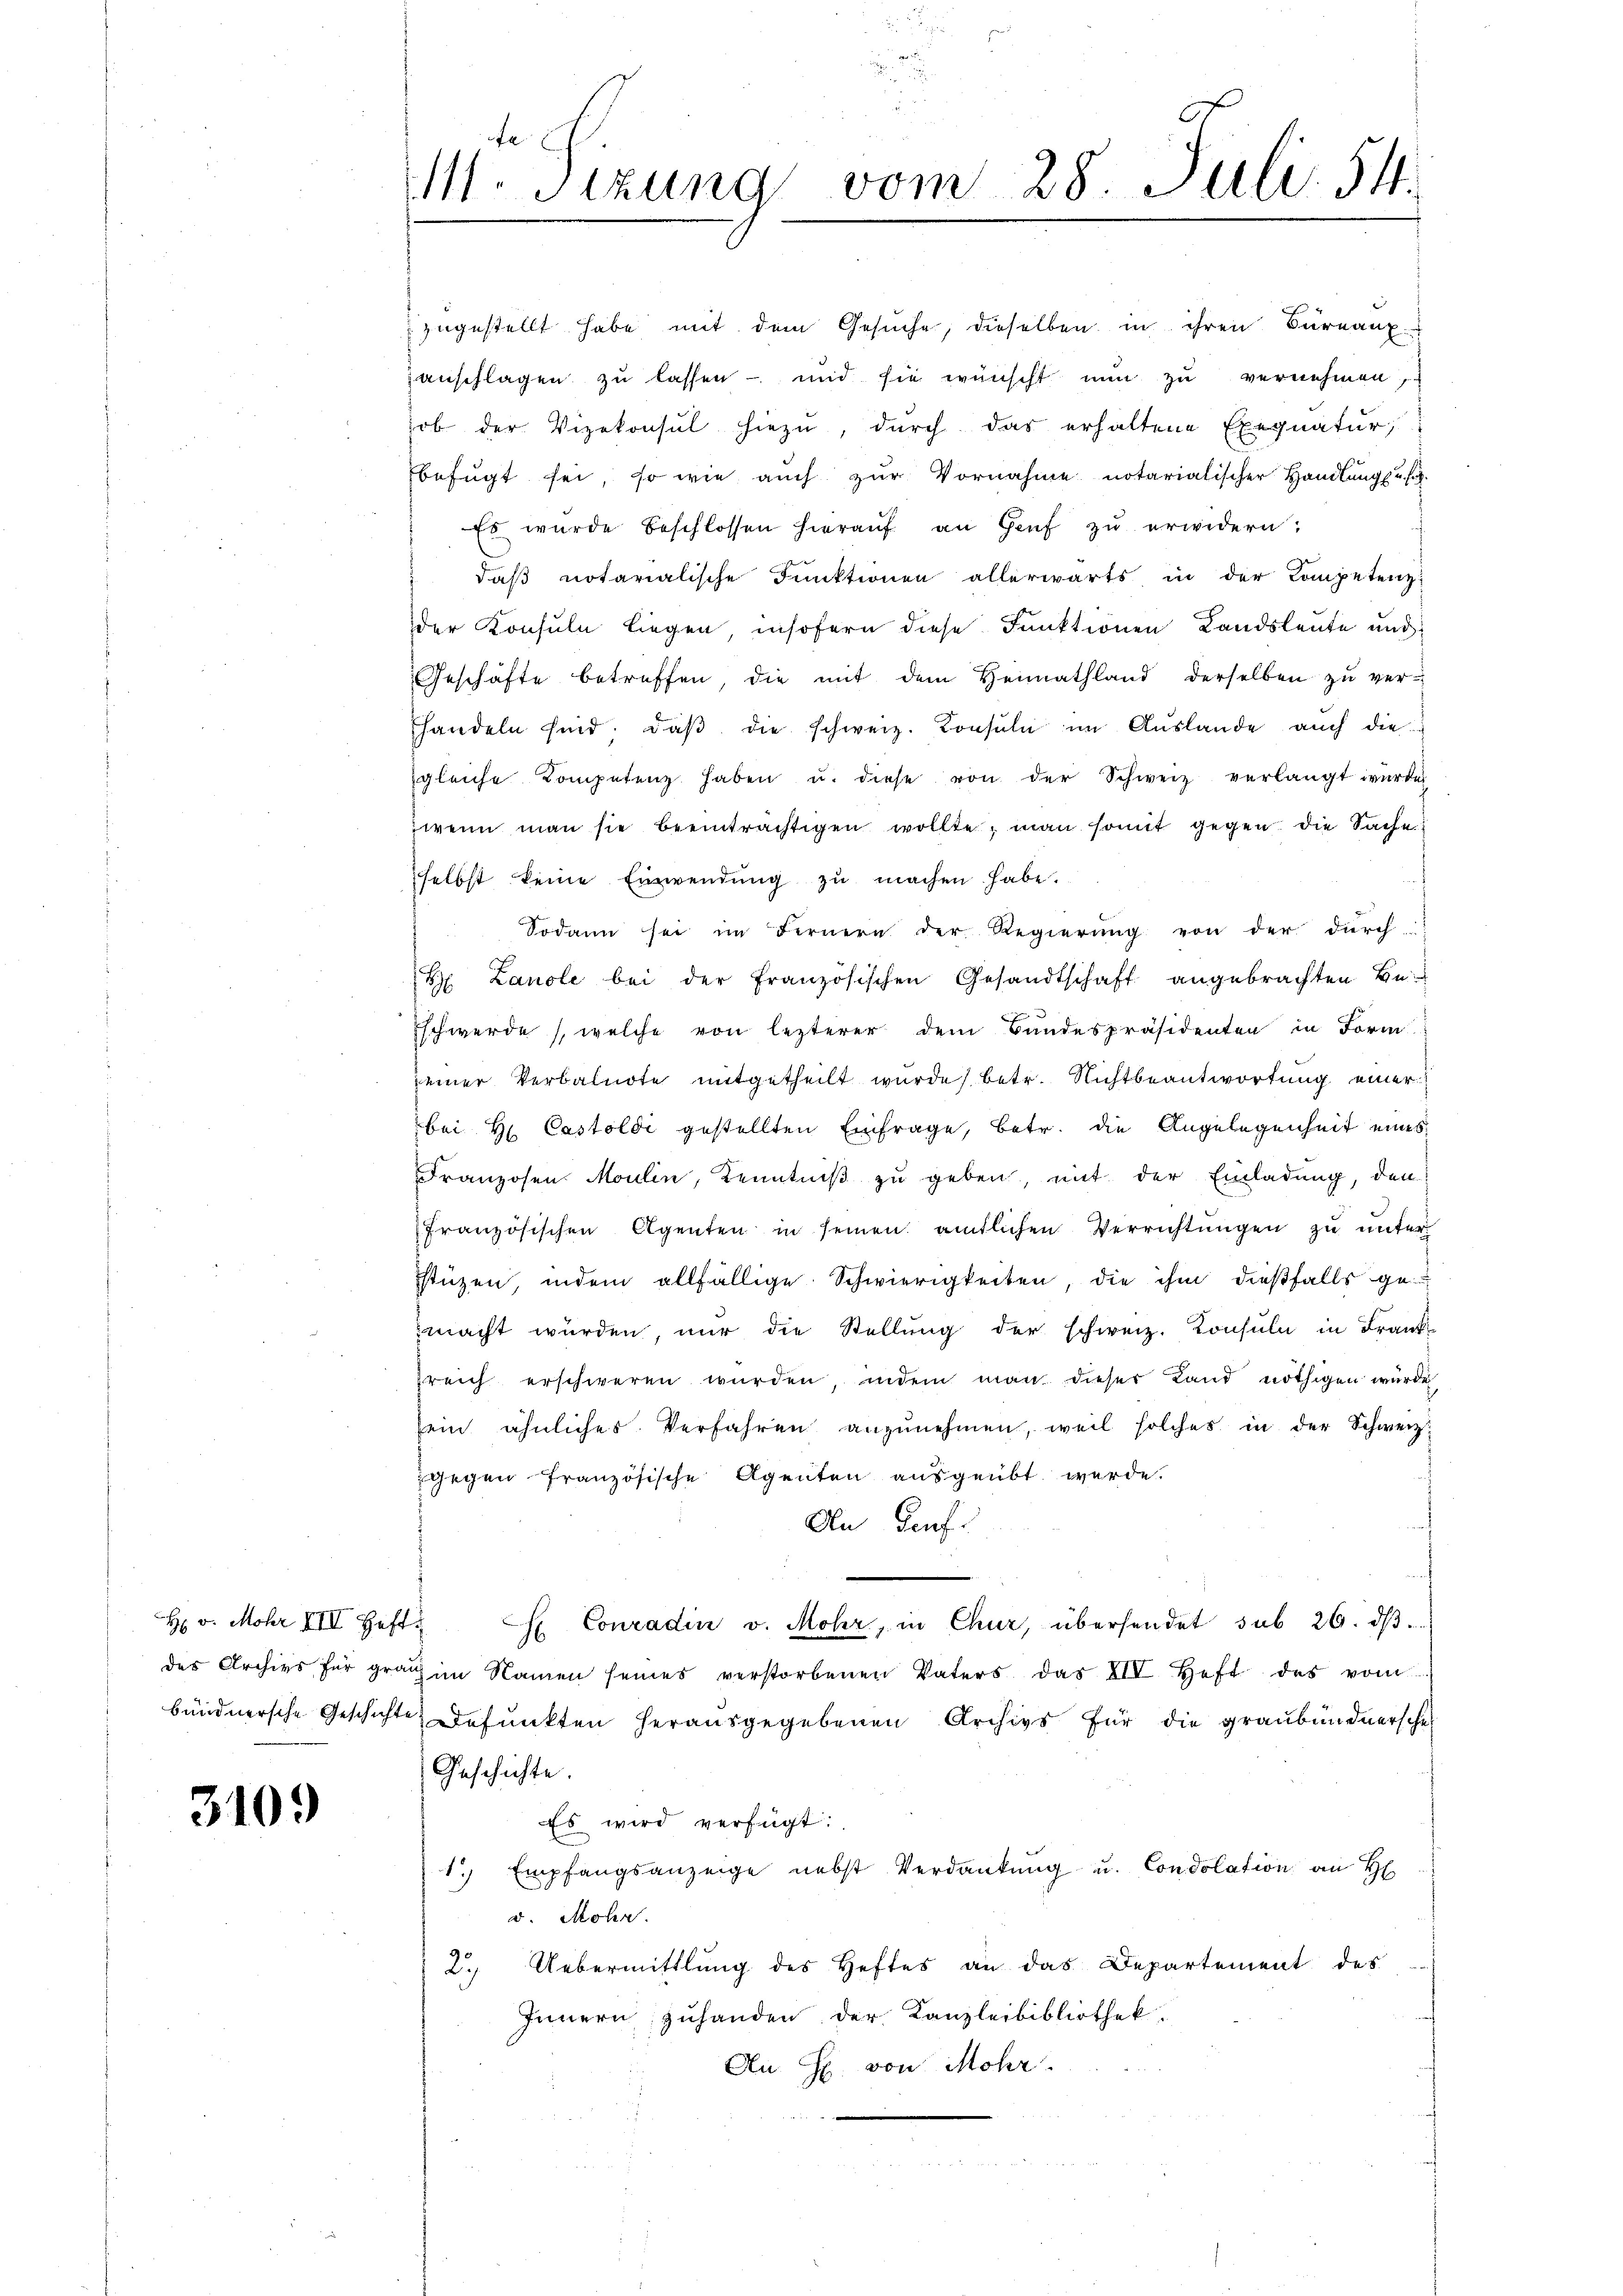
H v. Mohr XIII. Heft.

3109

M. Sizung vom 28. Juli 54.

zugestellt habe mit dem Gesuche, dieselben in ihren Büreaux-
anschlagen zŭ lassen - und sie wünscht nun zu vernehmen,
ob der Vizekonsul hiezu, durch das erhaltene Exequatur;
befŭgt sei, so wie aŭch zŭr Vornahme notarialischer Handlŭng u. s.
Es wurde beschlossen hieraŭf an Genf zŭ erwidern:
daß notarialische Funktionen allerwärts in der Kompetenz
der Konsuln liegen, insofern diese Funktionen Landsleute und
Geschäfte betreffen, die mit dem Heimathland derselben zu verhandeln sind, daβ die schweiz. Konsuln im Aŭslande aŭch die
gleiche Kompetenz haben u. diese von der Schweiz verlangt wŭrde,
wenn man sie beeinträchtigen wollte, man somit gegen die Sache
selbst keine Einwendŭng zŭ machen habe.
Sodann sei im Fernern der Regierŭng von der dŭrch
t Lanole bei der französischen Gesandtschaft angebrachten Be-
Eschwerde (welche von lezterer dem Bundespräsidenten in Form
seiner Verbalnote mitgetheilt wurde) betr. Nichtbeantwortung einer
bei H. Castoldi gestellten Einfrage, betr. die Angelegenheit eines
Franzosen Moulin, Kenntniß zu geben, mit der Einladung, den
französischen Agenten in seinen amtlichen Verrichtŭngen zu unter
stüzen, indem allfällige Schwierigkeiten, die ihm dießfalls ge-
macht würden, nur die Stellŭng der schweiz. Konsuln in Franksreich erschweren würden, indem man dieser Land nöthigen wurde
fein ähnliches Verfahren anzunehmen, weil solches in der Schweiz.
gegen französische Agenten ausgeübt werde.
An Genf.
H Conradin v. Mohr, in Chur, übersendet sub 26. dβ.
des Archivs für grachen Namen seines verstorbenen Vaters das XIV Heft des vom
bündnersche Geschichte defunkten herausgegebenen Archivs für die graubündnersche
Geschichte.
Es wird verfügt:
1. Empfangsanzeige nebst Verdankŭng u. Condolation an H
d. Mohr
2.) Uebermittlung des Heftes an das Departement des
Innern zuhanden der Kanzleibibliothek.
An H. von Mohr